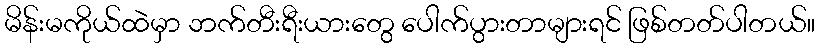
မိန်းမကိုယ်ထဲမှာ ဘက်တီးရီးယားတွေ ပေါက်ပွားတာများရင် ဖြစ်တတ်ပါတယ်။